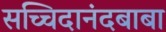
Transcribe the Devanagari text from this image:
सच्चिदानंदबाबा